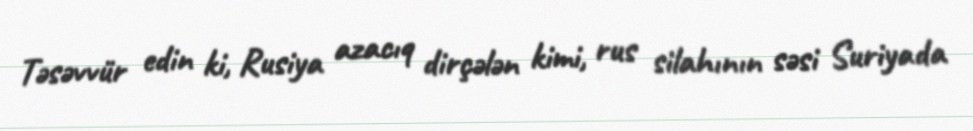
Təsəvvür edin ki, Rusiya azacıq dirçələn kimi, rus silahının səsi Suriyada